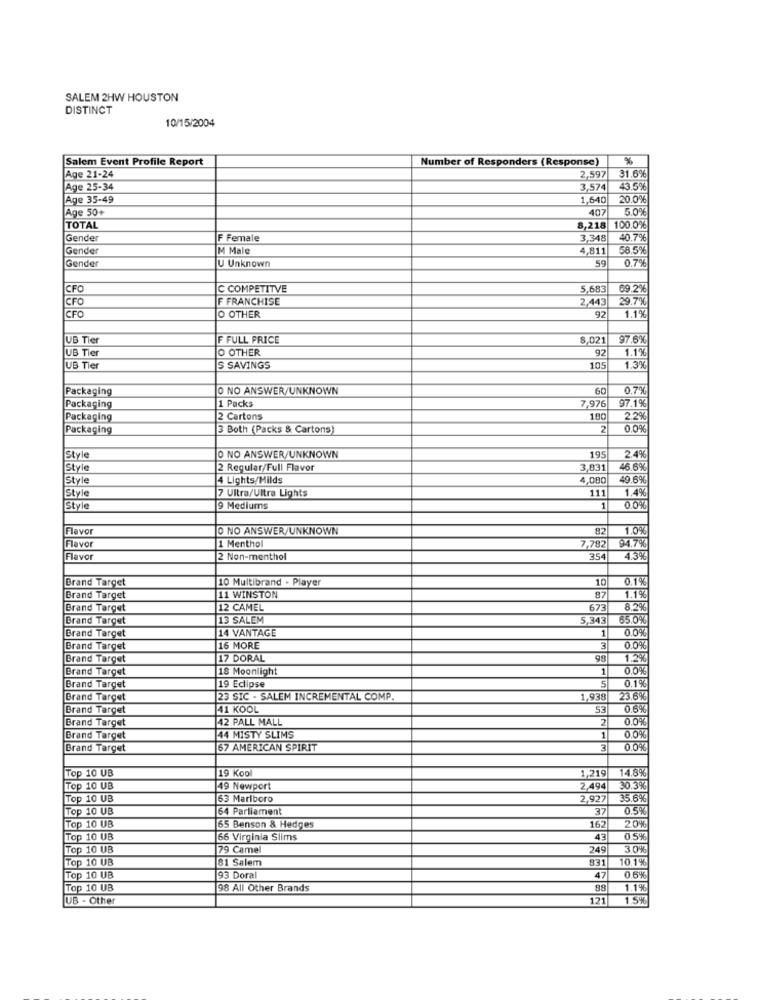
SALEM 2HW HOUSTON
DISTINCT
10/15/2004
Salem Event Profile Report
Number of Responders (Response)
%
Age 21-24
2,597
31.6%
Age 25-34
3,574
43.5%
Age 35-49
1,640
20.0%
Age 50+
407
5.0%
TOTAL
8,218
100.0%
Gender
F Female
3,348
40.7%
Gender
M Male
4.811
$8.5%
Gender
U Unknown
59
0.7%
CFO
C COMPETITVE
5,683
69.2%
CFO
F FRANCHISE
2.443
29.7%
CFO
92
O OTHER
1.1%
UB Tier
F FULL PRICE
8,021
97.6%
UB Tier
O OTHER
92
1.1%
UB Tier
S SAVINGS
105
1.3%
Packaging
O NO ANSWER/UNKNOWN
60
0.7%
1 Packs
7,976
97.1%
Packaging
Packaging
2 Cartons
100
2.29
Packaging
3 Both (Packs & Cartons)
2
0.0%
Style
O NO ANSWER/UNKNOWN
195
2.4%
Style
2 Regular/Full Flavor
3.031
46.6%
Style
4 Lights/Milds
4,080
49.6%
Style
7 Ultra/Ultra Lights
111
1.4%
Style
9 Mediums
1
0.0%
Flavor
O NO ANSWER/UNKNOWN
82
1.0%
1 Menthol
Flavor
7,782
94.7%
Flavor
2 Non-menthol
354
43%
Brand Target
10 Multibrand - Player
10
0.1%
Brand Target
11 WINSTON
87
1.1%
Brand Target
12 CAMEL
673
8.2%
Brand Target
13 SALEM
5,343|
65.0%
Brand Target
14 VANTAGE
1
0.0%
Brand Target
16 MORE
3
0.0%
Brand Target
17 DORAL
98
1.2%
Brand Target
18 Moonlight
0.0%
0.1%
Brand Target
19 Eclipse
5
Brand Target
23 SIC - SALEM INCREMENTAL COMP.
1,938
23.6%
Brand Target
41 KOOL
53
0.6%
Brand Target
42 PALL MALL
2
0.0%
Brand Target
44 MISTY SLIMS
0.0%
Brand Target
67 AMERICAN SPIRIT
0.0%
Top 10 UB
19 Kool
1,215
14.8%
Top 10 UB
49 Newport
2.494
30.3%
Top 10 UB
63 Marlboro
2,927
35.6%
Top 10 UB
64 Parliament
37
0.5%
Top 10 UB
162
20%
65 Benson & Hedges
Top 10 UB
66 Virginia Slims
43
05%
Top 10 UB
79 Camel
249
3.0%
Top 10 UB
81 Salem
831
10.1%
Top 10 UB
93 Doral
47
0.6%
Top 10 UB
98 All Other Brands
88
1.1%
UB - Other
121
1.5%